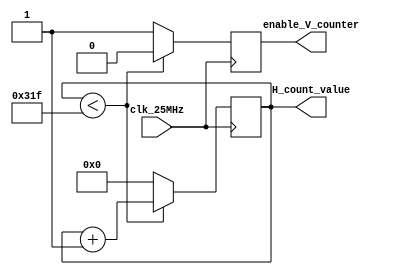
module horizontal_counter (
    input clk_25MHz,
    output reg enable_V_counter =0,
    output reg [15:0] H_count_value =0
);
    always@(posedge clk_25MHz )begin
        if(H_count_value < 799) begin
            H_count_value <= H_count_value +1;
            enable_V_counter <= 0; //disable vertical counter
        end
        else begin
            H_count_value <=0; //reset Horizontal Counter
            enable_V_counter <= 1;
        end
    end

endmodule